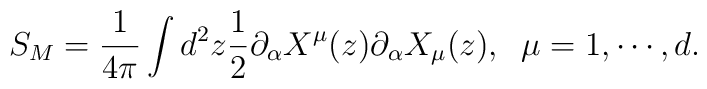
S_{M}=\frac{1}{4\pi }\int d^{2}z\frac{1}{2}\partial _{\alpha }X^{\mu }(z)\partial _{\alpha }X_{\mu }(z), \; \; \mu =1,\cdots ,d.